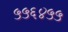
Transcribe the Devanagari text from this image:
५५६४५५